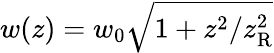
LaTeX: w(z)=w_{0}\sqrt{1+z^{2}/z_{\mathrm{R}}^{2}}